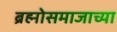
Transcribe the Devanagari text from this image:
ब्रह्मोसमाजाच्या